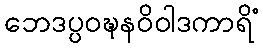
ဘေဒပ္ပဝဍ္ဎနဝိဝါဒကာရိံ